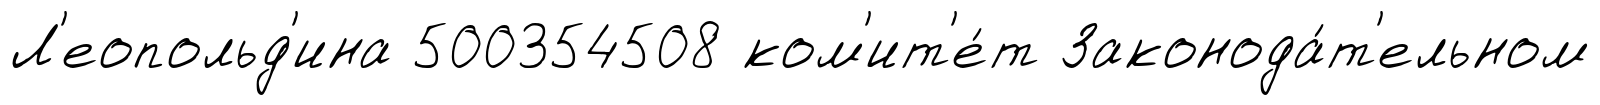
Л'еопольд'ина 500354508 ком'ит'е́т Законода́т'ельном